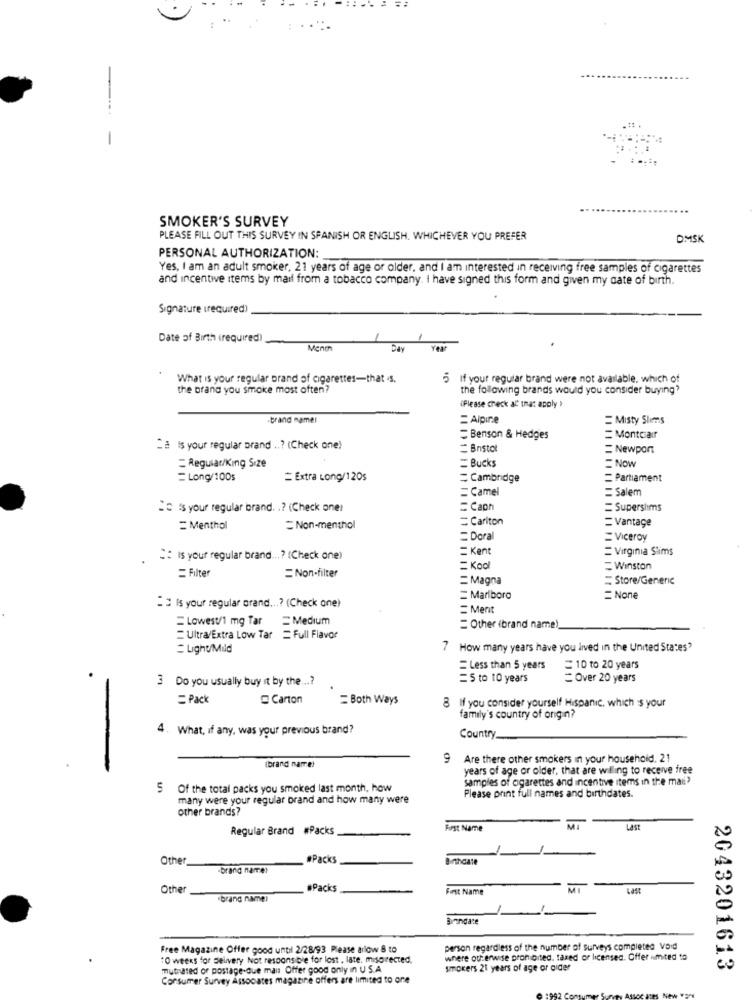
-
SMOKER'S SURVEY
PLEASE FILL OUT THIS SURVEY IN SPANISH OR ENGLISH. WHICHEVER YOU PREFER
OMSK
PERSONAL AUTHORIZATION:
Yes, I am an adult smoker, 21 years of age or older, and I am interested in receiving free samples of cigarettes
and incentive items by mail from a tobacco company. I have signed this form and given my date of birth.
Signature (required)
Date of Birth (required)
Mene
Day Year
What is your regular brand of cigarettes-that .s.
5 If your regular brand were not available, which of
the brand you smoke most often?
the following brands would you consider buying?
(Please check at that apply )
brand namel
= Alpine
=Misty Slims
Benson & Hedges
Montclair
"à Is your regular brand ..? (Check one)
=Bnstol
Newport
11
=Bucks
Reguiar/King Size
=NOW
=Long/100s
Extra Long/120s
Cambridge
= Partiament
=Camel
=Salem
2℃ s your regular brand. .? (Check oner
=Caon
=Superslims
Carlton
Vantage
=Menthol
Non-menthol
=Dora
=Viceroy
=Kent
=Virginia Slims
Is your regular brand ... ? (Check one)
Winston
=Filter
=Non-filter
Magna
=Store/Generic
Marlboro
=None
" Is your regular grand ...? (Check one)
Ment
Lowest/1 mg Tar
=Medium
= Other (brand name)
Ultra/Extra Low Tar = Full Flavor
Light/Muld
How many years have you lived in the United States"
=Less than 5 years
=10 to 20 years
3 Do you usually buy it by the ...?
=5 to 10 years
= Over 20 years
=Pack
Carton
=Both Ways
8
If you consider yourself Hispanic, which $ your
family's country of origin?
4. What, if any, was your previous brand?
Country.
9
Are there other smokers in your household. 21
(brand name)
years of age or older, that are wiling to receive free
samples of cigarettes and incentive items in the mati?
Of the total packs you smoked last month, how
Please print full names and birthdates.
many were your regular brand and how many were
other brands?
Regular Brand #Packs
First Name
Last
Other
#Packs
Birthdate
brand name:
Other
#Packs
First Name
Last
"brand name:
Brandare
Free Magazine Offer good until 2/28/93 Please arlow 8 to
person regardless of the number of surveys completed Void
"O weeks for delivery Not responsible for lost , late. misarected,
where outerwise prohibited. taxed or licensed. Offer amited to
mutated of postage-que mais Offer good only in U S.A.
smokers 21 years of age or cider
2043201613
Consumer Survey Associates magazine offers are limited to one